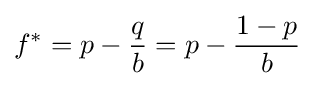
f^{*}=p-{\frac {q}{b}}=p-{\frac {1-p}{b}}